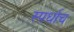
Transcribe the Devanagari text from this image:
स्पर्धाच